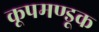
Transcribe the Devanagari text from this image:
कूपमण्डूक